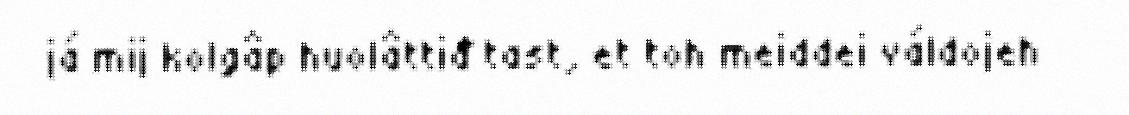
já mij kolgâp huolâttiđ tast, et toh meiddei váldojeh